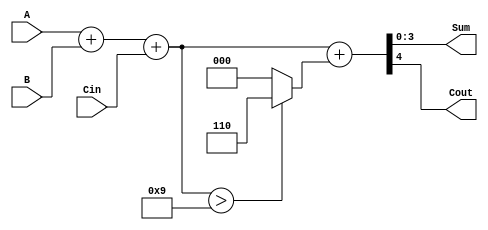
module BCD_Asynchronous_Adder (
    input  wire [3:0] A,    // First BCD digit
    input  wire [3:0] B,    // Second BCD digit
    input  wire Cin,        // Carry input
    output wire [3:0] Sum,  // Resulting BCD digit
    output wire Cout        // Carry output
);
    // Intermediate sum
    wire [4:0] binary_sum;       // 5 bits to accommodate carry
    wire correction_needed;       // Signal to indicate if correction is needed
    wire [4:0] corrected_sum;    // Corrected sum after adding 6 if needed
    
    // Step 1: Perform binary addition
    assign binary_sum = A + B + Cin;

    // Step 2: Determine if correction is needed
    assign correction_needed = binary_sum > 5'b01001; // 9 in BCD is 01001
    
    // Step 3: Calculate corrected sum
    assign corrected_sum = binary_sum + (correction_needed ? 5'b00110 : 5'b00000); // Add 6 if needed

    // Step 4: Assign outputs
    assign Sum = corrected_sum[3:0]; // Take lower 4 bits as the result
    assign Cout = corrected_sum[4];   // Take the 5th bit as the carry out

endmodule